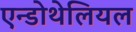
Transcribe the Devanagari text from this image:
एन्डोथेलियल